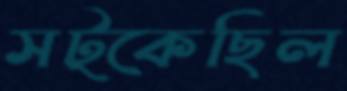
সট্‌কেছিল